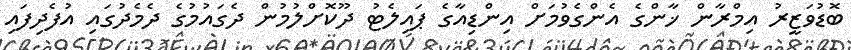
ބޮޑުވަޒީރު އިމްރާން ޚާންގެ އެންގެވުމަށް އިންޑިއާގެ ޕައިލެޓު ދޫކޮށްލުމުން ދެގައުމުގެ ދެމެދުގައި އުފެދިފައި